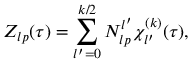
Z _ { l p } ( \tau ) = \sum _ { l ^ { \prime } = 0 } ^ { k / 2 } N _ { l p } ^ { l ^ { \prime } } \chi _ { l ^ { \prime } } ^ { ( k ) } ( \tau ) ,